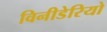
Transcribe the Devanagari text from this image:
विनीडेरियो